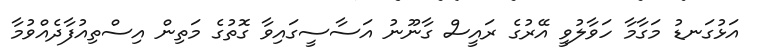
އަޅުގަނޑު މަގާމާ ހަވާލުވީ އޭރުގެ ރައީސް ގާނޫނު އަސާސީގައިވާ ގޮތުގެ މަތިން އިސްތިއުފާދެއްވުމާ